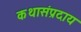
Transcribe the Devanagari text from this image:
कथासंप्रदाय